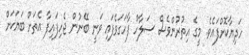
ހަދިޔާކޮށްފައެވެ. މީގެ އިތުރުންވެސް ސަލާހް ފާހަގަވެފައި ވަނީ ބޭނުން ޖެހިފައިފާ އެތަށް ބަޔަކަށް